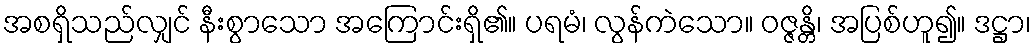
အစရှိသည်လျှင် နီးစွာသော အကြောင်းရှိ၏။ ပရမံ၊ လွန်ကဲသော။ ဝဇ္ဇန္တိ၊ အပြစ်ဟူ၍။ ဒဋ္ဌာ၊